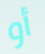
أو